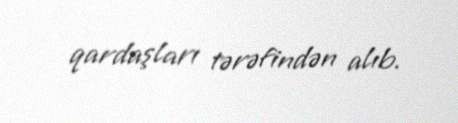
qardaşları tərəfindən alıb.